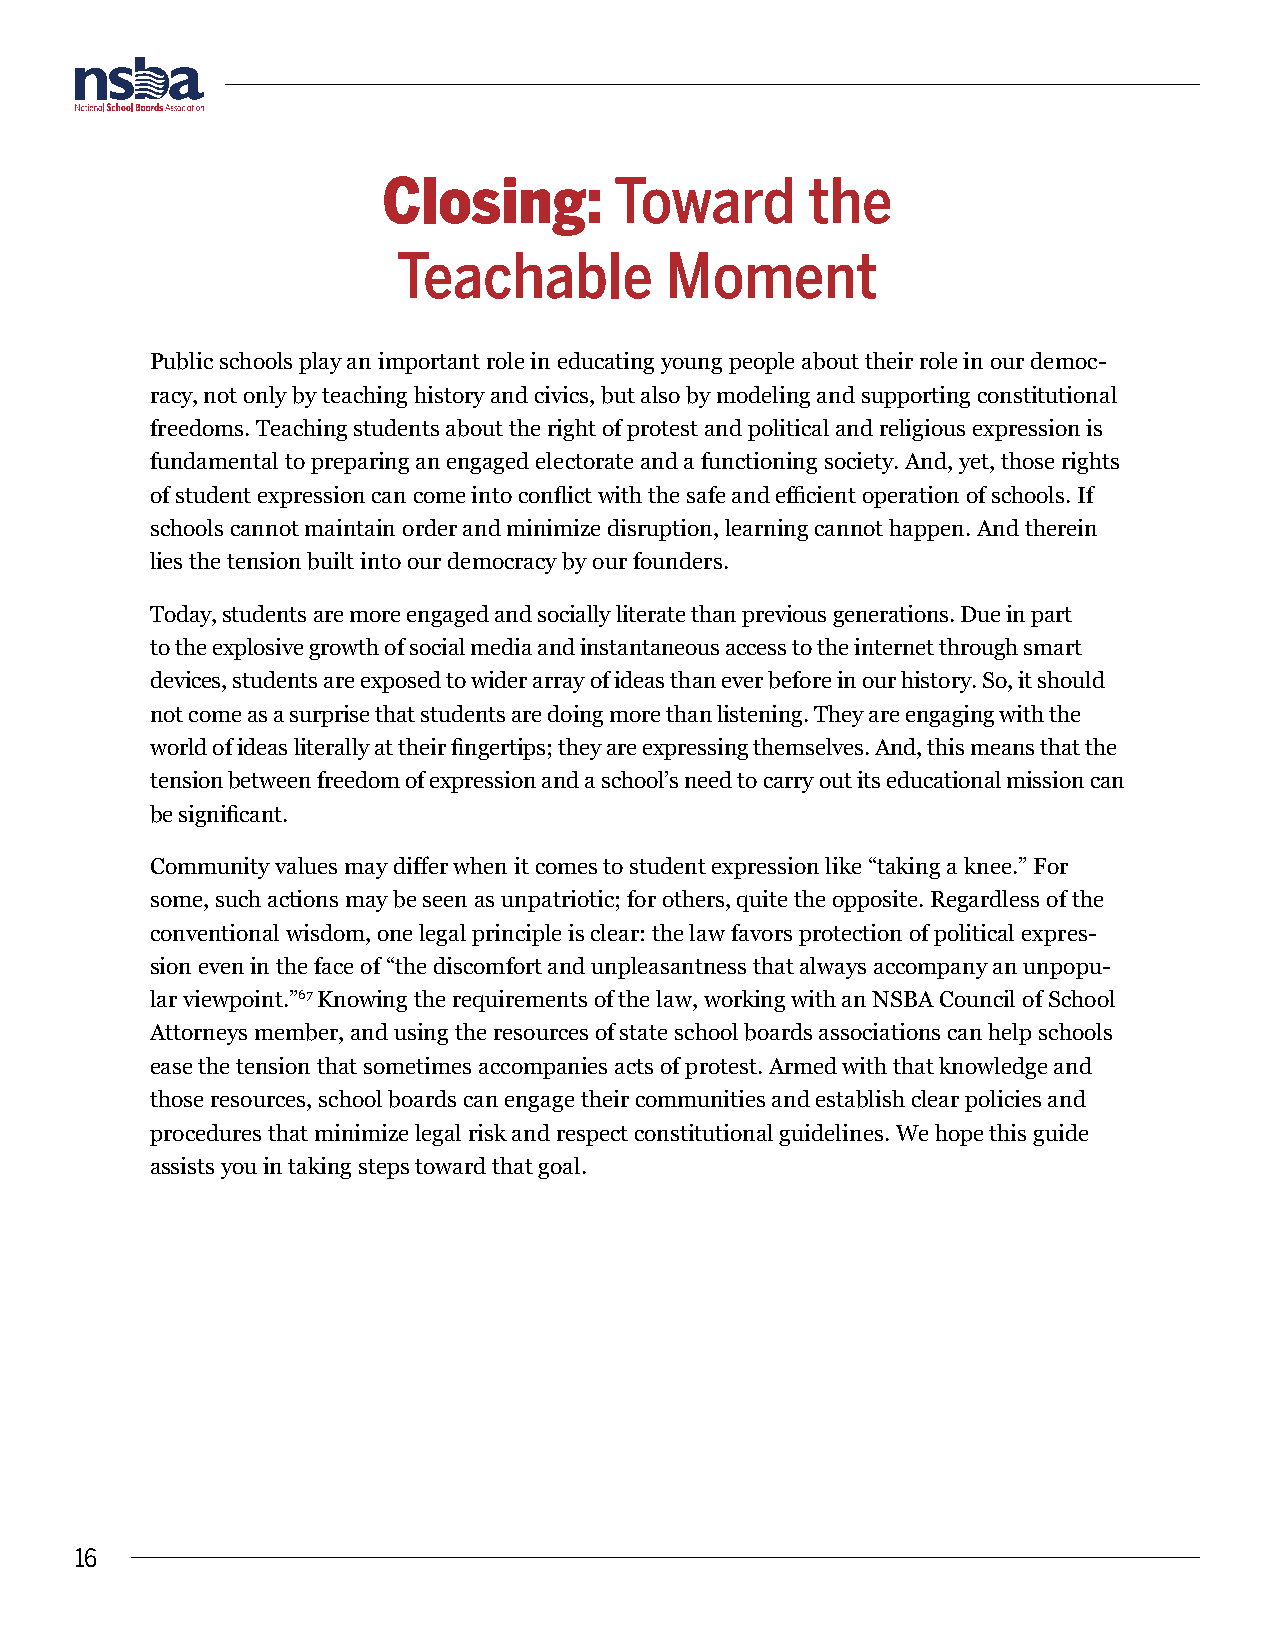
Closing:        Toward       the
 Teachable         Moment
 Public schools play an important role in educating young people about their role in our democ-
 racy, not only by teaching history and civics, but also by modeling and supporting constitutional
 freedoms. Teaching students about the right of protest and political and religious expression is
 fundamental to preparing an engaged electorate and a functioning society. And, yet, those rights
 of student expression can come into conflict with the safe and efficient operation of schools. If
 schools cannot maintain order and minimize disruption, learning cannot happen. And therein
 lies the tension built into our democracy by our founders.
 Today, students are more engaged and socially literate than previous generations. Due in part
 to the explosive growth of social media and instantaneous access to the internet through smart
 devices, students are exposed to wider array of ideas than ever before in our history. So, it should
 not come as a surprise that students are doing more than listening. They are engaging with the
 world of ideas literally at their fingertips; they are expressing themselves. And, this means that the
 tension between freedom of expression and a school’s need to carry out its educational mission can
 be significant.
 Community values may differ when it comes to student expression like “taking a knee.” For
 some, such actions may be seen as unpatriotic; for others, quite the opposite. Regardless of the
 conventional wisdom, one legal principle is clear: the law favors protection of political expres-
 sion even in the face of “the discomfort and unpleasantness that always accompany an unpopu-
 lar viewpoint.”67 Knowing the requirements of the law, working with an NSBA Council of School
 Attorneys member, and using the resources of state school boards associations can help schools
 ease the tension that sometimes accompanies acts of protest. Armed with that knowledge and
 those resources, school boards can engage their communities and establish clear policies and
 procedures that minimize legal risk and respect constitutional guidelines. We hope this guide
 assists you in taking steps toward that goal.
 16